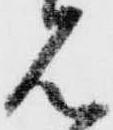
見